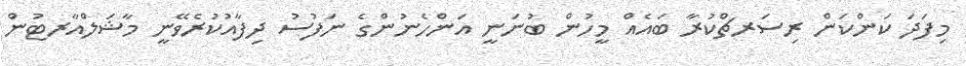
މިފަދަ ކަންކަން ރިސަރޗްކުރާ ބައެއް މީހުން ބުނަނީ އަންހެނުންގެ ނަފުސު ދިފާއުކުރެވޭނީ މާޝަލްއާރޓުން